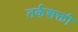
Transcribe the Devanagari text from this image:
तर्कशक्ती